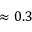
\approx 0 . 3